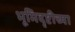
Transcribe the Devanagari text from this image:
भूमिदृष्टीच्या